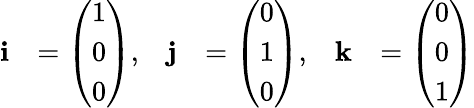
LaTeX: {\begin{array}{rlrlrl}{\mathbf{i}}&{={\left(\begin{array}{l}{1}\\ {0}\\ {0}\end{array}\right)},}&{\mathbf{j}}&{={\left(\begin{array}{l}{0}\\ {1}\\ {0}\end{array}\right)},}&{\mathbf{k}}&{={\left(\begin{array}{l}{0}\\ {0}\\ {1}\end{array}\right)}}\end{array}}